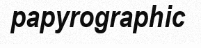
papyrographic